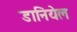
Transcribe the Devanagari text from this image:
डानियेल